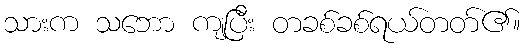
သားက သဘော ကျပြီး တခစ်ခစ်ရယ်တတ်၏။